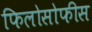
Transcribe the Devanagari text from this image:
फिलोसोफीस